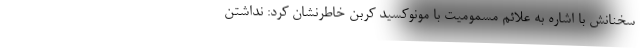
سخنانش با اشاره به علائم مسمومیت با مونوکسید کربن خاطرنشان کرد: نداشتن